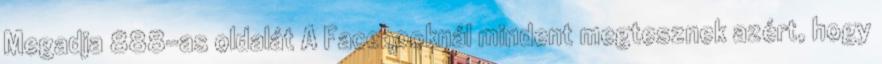
Megadja 888-as oldalát A Facebooknál mindent megtesznek azért, hogy